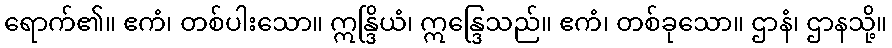
ရောက်၏။ ဧကံ၊ တစ်ပါးသော။ ဣန္ဒြိယံ၊ ဣန္ဒြေသည်။ ဧကံ၊ တစ်ခုသော။ ဌာနံ၊ ဌာနသို့။